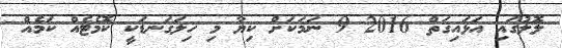
ލޮލުގައި އަޅައިގަތް 2016 9 ނަމަކަށް ކިޔާ މި ހިލަގަނޑަކީ ކޮމެޓެއް ކަމެއް